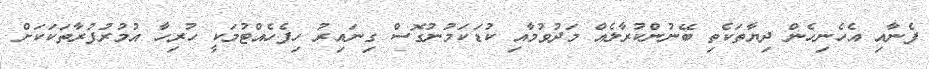
ފެނާއި އެހެނިހެން ދިޔާތަކެތި ބޭނުންކުރާލެއް މަދުވުމާއި ކުޑަކަމުނުގޮސް ގިނައިރު ހިފެހެއްޓުމަކީ ހުރިހާ އުމުރުފުރާތަކަކަށް